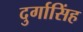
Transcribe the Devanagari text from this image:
दुर्गासिंह